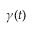
{ \boldsymbol \gamma } ( t )